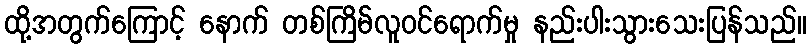
ထို့အတွက်ကြောင့် နောက် တစ်ကြိမ်လူဝင်ရောက်မှု နည်းပါးသွားသေးပြန်သည်။